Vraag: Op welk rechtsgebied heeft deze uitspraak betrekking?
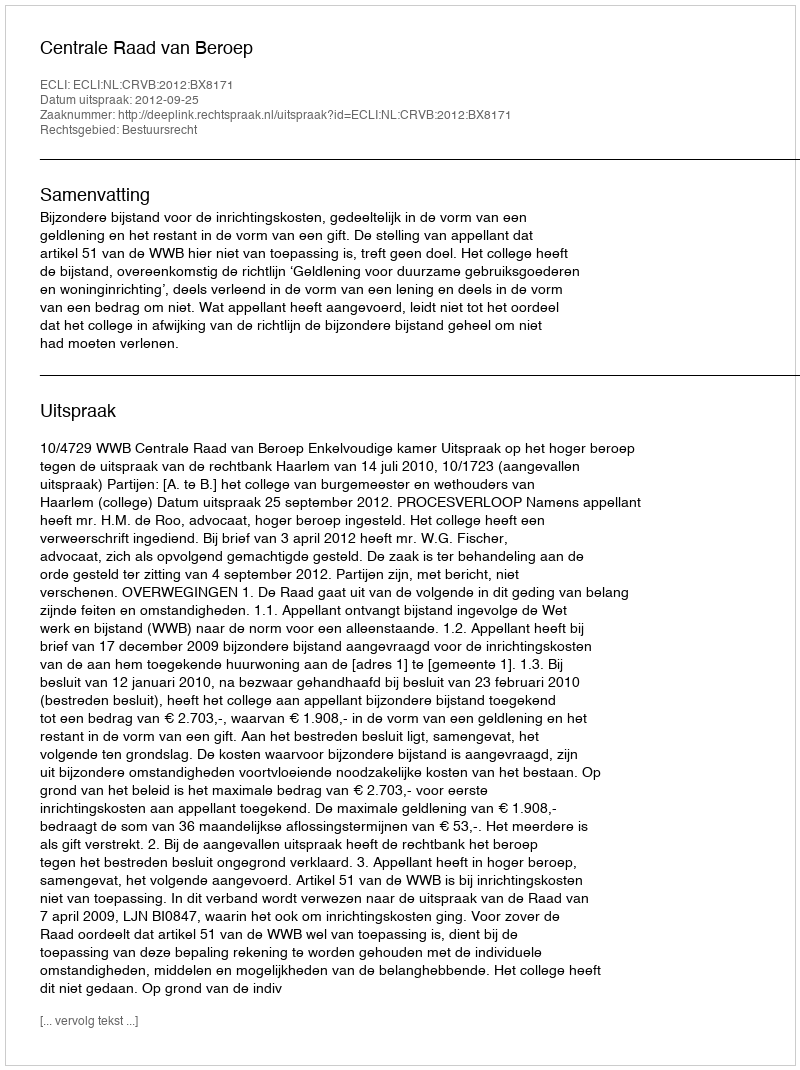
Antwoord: Bestuursrecht